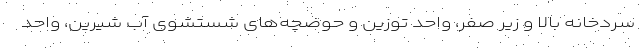
سردخانه بالا و زیر صفر، واحد توزین و حوضچه‌های شستشوی آب شیرین، واحد